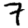
Digit: 7